Problem: 31 - 25 = ?
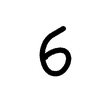
Handwritten answer: 6